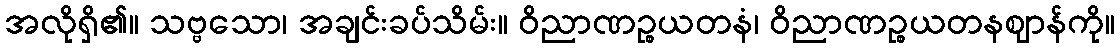
အလိုရှိ၏။ သဗ္ဗသော၊ အချင်းခပ်သိမ်း။ ဝိညာဏဉ္စယတနံ၊ ဝိညာဏဉ္စယတနဈာန်ကို။